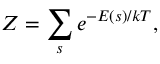
\; Z = \sum _ { s } e ^ { - E ( s ) / k T } ,